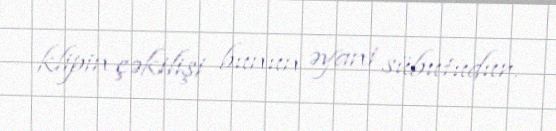
klipin çəkilişi bunun əyani sübutudur.